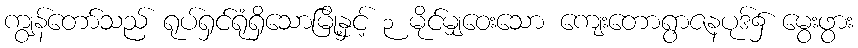
ကျွန်တော်သည် ရုပ်ရှင်ရုံရှိသောမြို့နှင့် ၃ မိုင်မျှဝေးသော ကျေးတောရွာဇနပုဒ်၌ မွေးဖွား